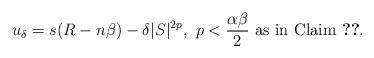
LaTeX: \begin{align*}u_{\delta}=s(R-n\beta)-\delta |S|^{2p},\ p<\frac{\alpha\beta}{2}\ \textrm{as in Claim}\ \ref{clm supremum attained away from D}.\end{align*}